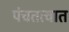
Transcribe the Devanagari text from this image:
पंचतत्वात